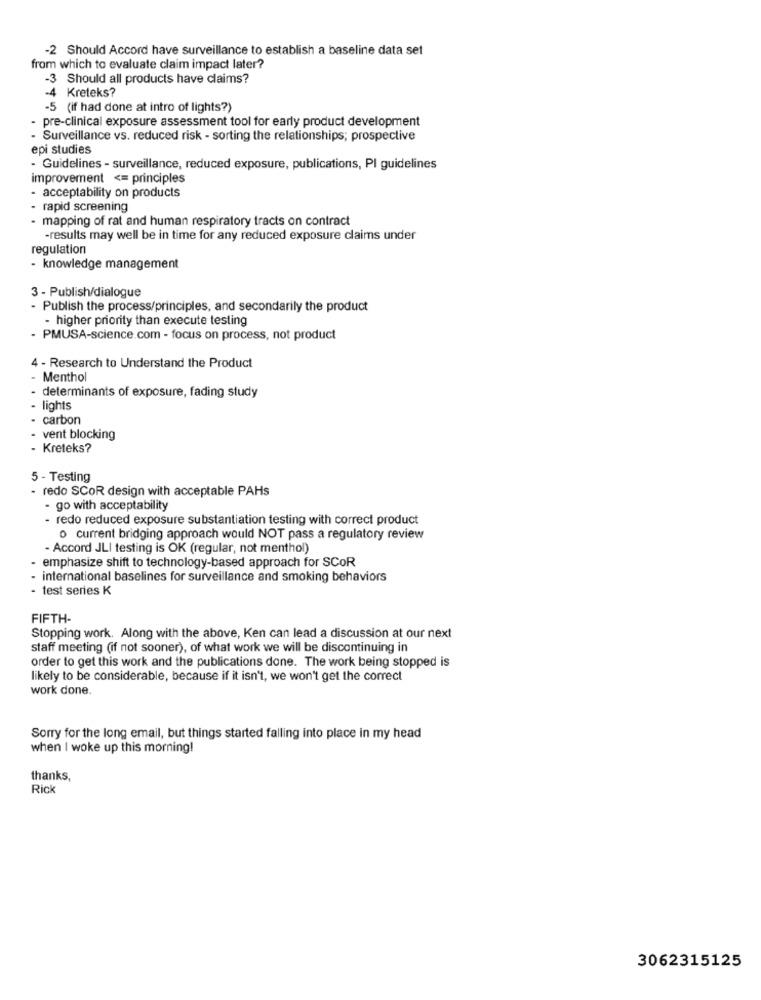
-2 Should Accord have surveillance to establish a baseline data set
from which to evaluate claim impact later?
-3 Should all products have claims?
-4 Kreteks?
-5 (if had done at intro of lights?)
pre-clinical exposure assessment tool for early product development
- Surveillance vs. reduced risk - sorting the relationships; prospective
epi studies
·Guidelines - surveillance, reduced exposure, publications, PI guidelines
improvement <= principles
- acceptability on products
- rapid screening
- mapping of rat and human respiratory tracts on contract
-results may well be in time for any reduced exposure claims under
regulation
- knowledge management
3 - Publish/dialogue
- Publish the process/principles, and secondarily the product
- higher priority than execute testing
- PMUSA-science.com - focus on process, not product
4 - Research to Understand the Product
Menthol
determinants of exposure, fading study
lights
carbon
- vent blocking
Kreteks?
5 - Testing
redo SCOR design with acceptable PAHs
- go with acceptability
- redo reduced exposure substantiation testing with correct product
o current bridging approach would NOT pass a regulatory review
- Accord JLI testing is OK (regular, not menthol)
emphasize shift to technology-based approach for SCOR
- international baselines for surveillance and smoking behaviors
- test series K
FIFTH-
Stopping work. Along with the above, Ken can lead a discussion at our next
staff meeting (if not sooner), of what work we will be discontinuing in
order to get this work and the publications done. The work being stopped is
likely to be considerable, because if it isn't, we won't get the correct
work done.
Sorry for the long email, but things started falling into place in my head
when I woke up this morning!
thanks,
Rick
3062315125